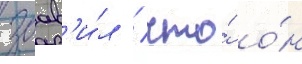
заав'и́л / что́ о́н